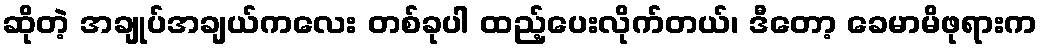
ဆိုတဲ့ အချုပ်အချယ်ကလေး တစ်ခုပါ ထည့်ပေးလိုက်တယ်၊ ဒီတော့ ခေမာမိဖုရားက